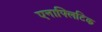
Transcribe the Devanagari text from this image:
एनाफ्लिटिक